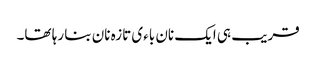
قریب ہی ایک نان باءی تازہ نان بنا رہا تھا۔